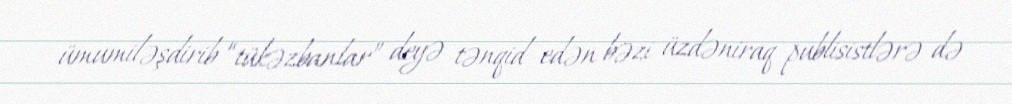
ümumiləşdirib “tükəzbanlar” deyə tənqid edən bəzi üzdəniraq publisistlərə də